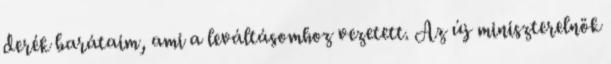
derék barátaim, ami a leváltásomhoz vezetett. Az új miniszterelnök